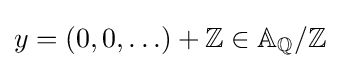
y=(0,0,\ldots )+\mathbb {Z} \in \mathbb {A} _{\mathbb {Q} }/\mathbb {Z}